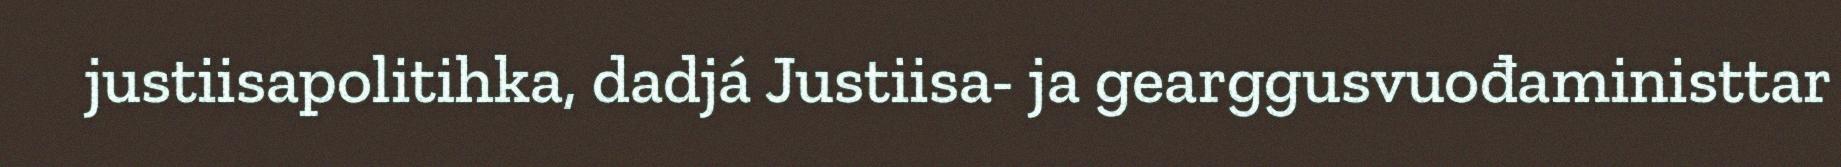
justiisapolitihka, dadjá Justiisa- ja gearggusvuođaministtar